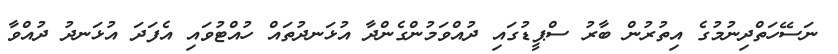
ނަސޭހަތްދިނުމުގެ އިތުރުން ބާރު ސްޕީޑުގައި ދުއްވަމުންގެންދާ އުޅަނދުތައް ހުއްޓުވައި އެފަދަ އުޅަނދު ދުއްވާ